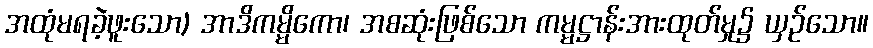
အထုံမရခဲ့ဖူးသော) အာဒိကမ္မိကော၊ အစဆုံးဖြစ်သော ကမ္မဋ္ဌာန်းအားထုတ်မှု၌ ယှဉ်သော။